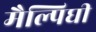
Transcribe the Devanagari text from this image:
मैल्पिघी